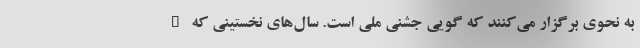
به نحوی برگزار می‌کنند که گویی جشنی ملی است. سال‌های نخستینی که "